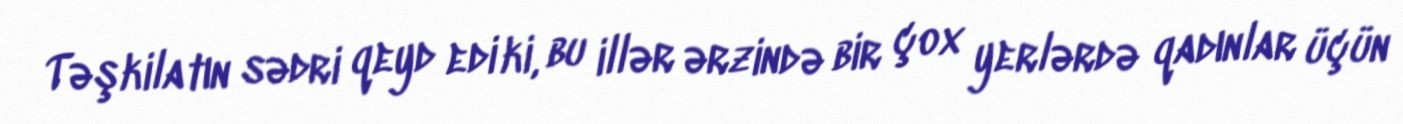
Təşkilatın sədri qeyd edi ki, bu illər ərzində bir çox yerlərdə qadınlar üçün